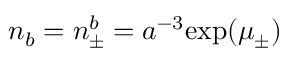
n _ { b } = n _ { \pm } ^ { b } = a ^ { - 3 } \mathrm { e x p } ( \mu _ { \pm } )